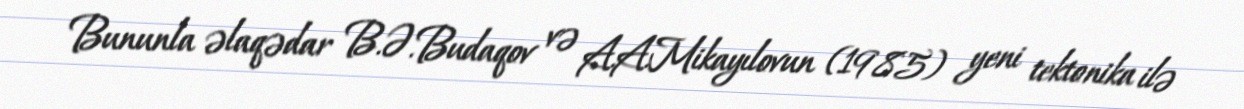
Bununla əlaqədar B.Ə.Budaqov və A.A.Mikayılovun (1985) yeni tektonika ilə